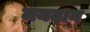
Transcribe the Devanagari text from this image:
मयदान